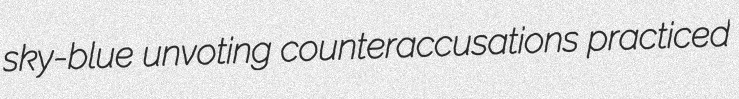
sky-blue unvoting counteraccusations practiced